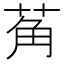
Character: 𬜲